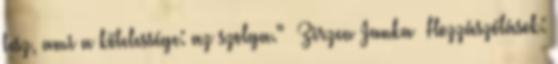
tesz, ami a kötelessége: az szolga." Zirzen Janka Hozzászólások: